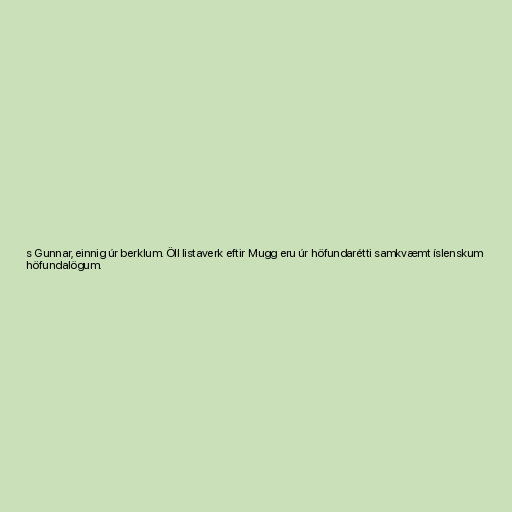
s Gunnar, einnig úr berklum. Öll listaverk eftir Mugg eru úr höfundarétti samkvæmt íslenskum
höfundalögum.